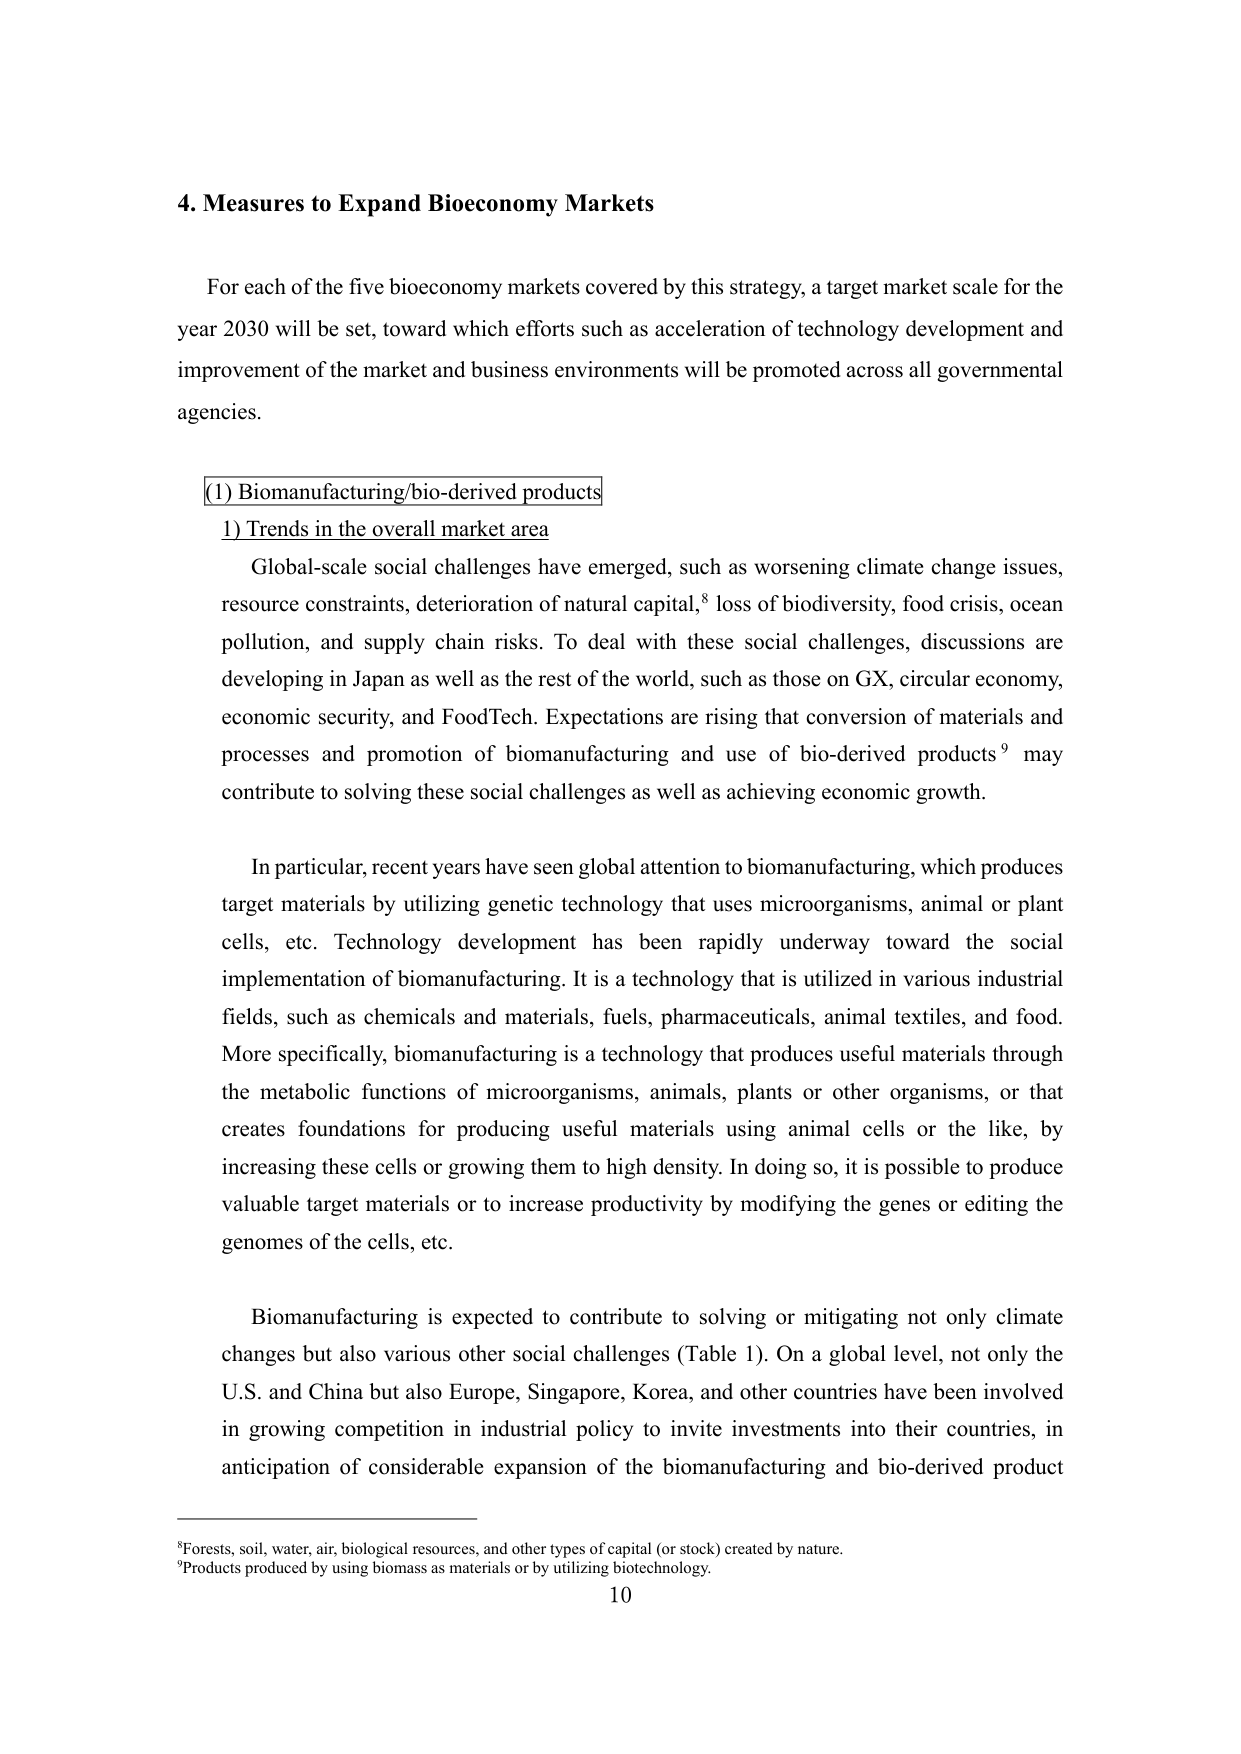
4. Measures to Expand Bioeconomy Markets

For each of the five bioeconomy markets covered by this strategy, a target market scale for the year 2030 will be set, toward which efforts such as acceleration of technology development and improvement of the market and business environments will be promoted across all governmental agencies.

(1) Biomanufacturing/bio-derived products
1) Trends in the overall market area

Global-scale social challenges have emerged, such as worsening climate change issues, resource constraints, deterioration of natural capital,⁸ loss of biodiversity, food crisis, ocean pollution, and supply chain risks. To deal with these social challenges, discussions are developing in Japan as well as the rest of the world, such as those on GX, circular economy, economic security, and FoodTech. Expectations are rising that conversion of materials and processes and promotion of biomanufacturing and use of bio-derived products⁹ may contribute to solving these social challenges as well as achieving economic growth.

In particular, recent years have seen global attention to biomanufacturing, which produces target materials by utilizing genetic technology that uses microorganisms, animal or plant cells, etc. Technology development has been rapidly underway toward the social implementation of biomanufacturing. It is a technology that is utilized in various industrial fields, such as chemicals and materials, fuels, pharmaceuticals, animal textiles, and food. More specifically, biomanufacturing is a technology that produces useful materials through the metabolic functions of microorganisms, animals, plants or other organisms, or that creates foundations for producing useful materials using animal cells or the like, by increasing these cells or growing them to high density. In doing so, it is possible to produce valuable target materials or to increase productivity by modifying the genes or editing the genomes of the cells, etc.

Biomanufacturing is expected to contribute to solving or mitigating not only climate changes but also various other social challenges (Table 1). On a global level, not only the U.S. and China but also Europe, Singapore, Korea, and other countries have been involved in growing competition in industrial policy to invite investments into their countries, in anticipation of considerable expansion of the biomanufacturing and bio-derived product

⁸Forests, soil, water, air, biological resources, and other types of capital (or stock) created by nature.
⁹Products produced by using biomass as materials or by utilizing biotechnology.
10